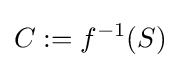
C:=f^{-1}(S)